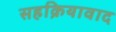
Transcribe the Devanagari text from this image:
सहक्रियावाद